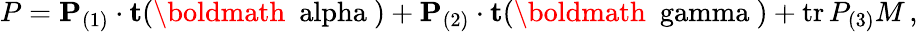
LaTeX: P={\mathbf P}_{(1)}\cdot{\mathbf t}({\mathrm{\boldmath~\ alpha~}})+{\mathbf P}_{(2)}\cdot{\mathbf t}({\mathrm{\boldmath~\ gamma~}})+\mathrm{tr}\, P_{(3)}M\, ,